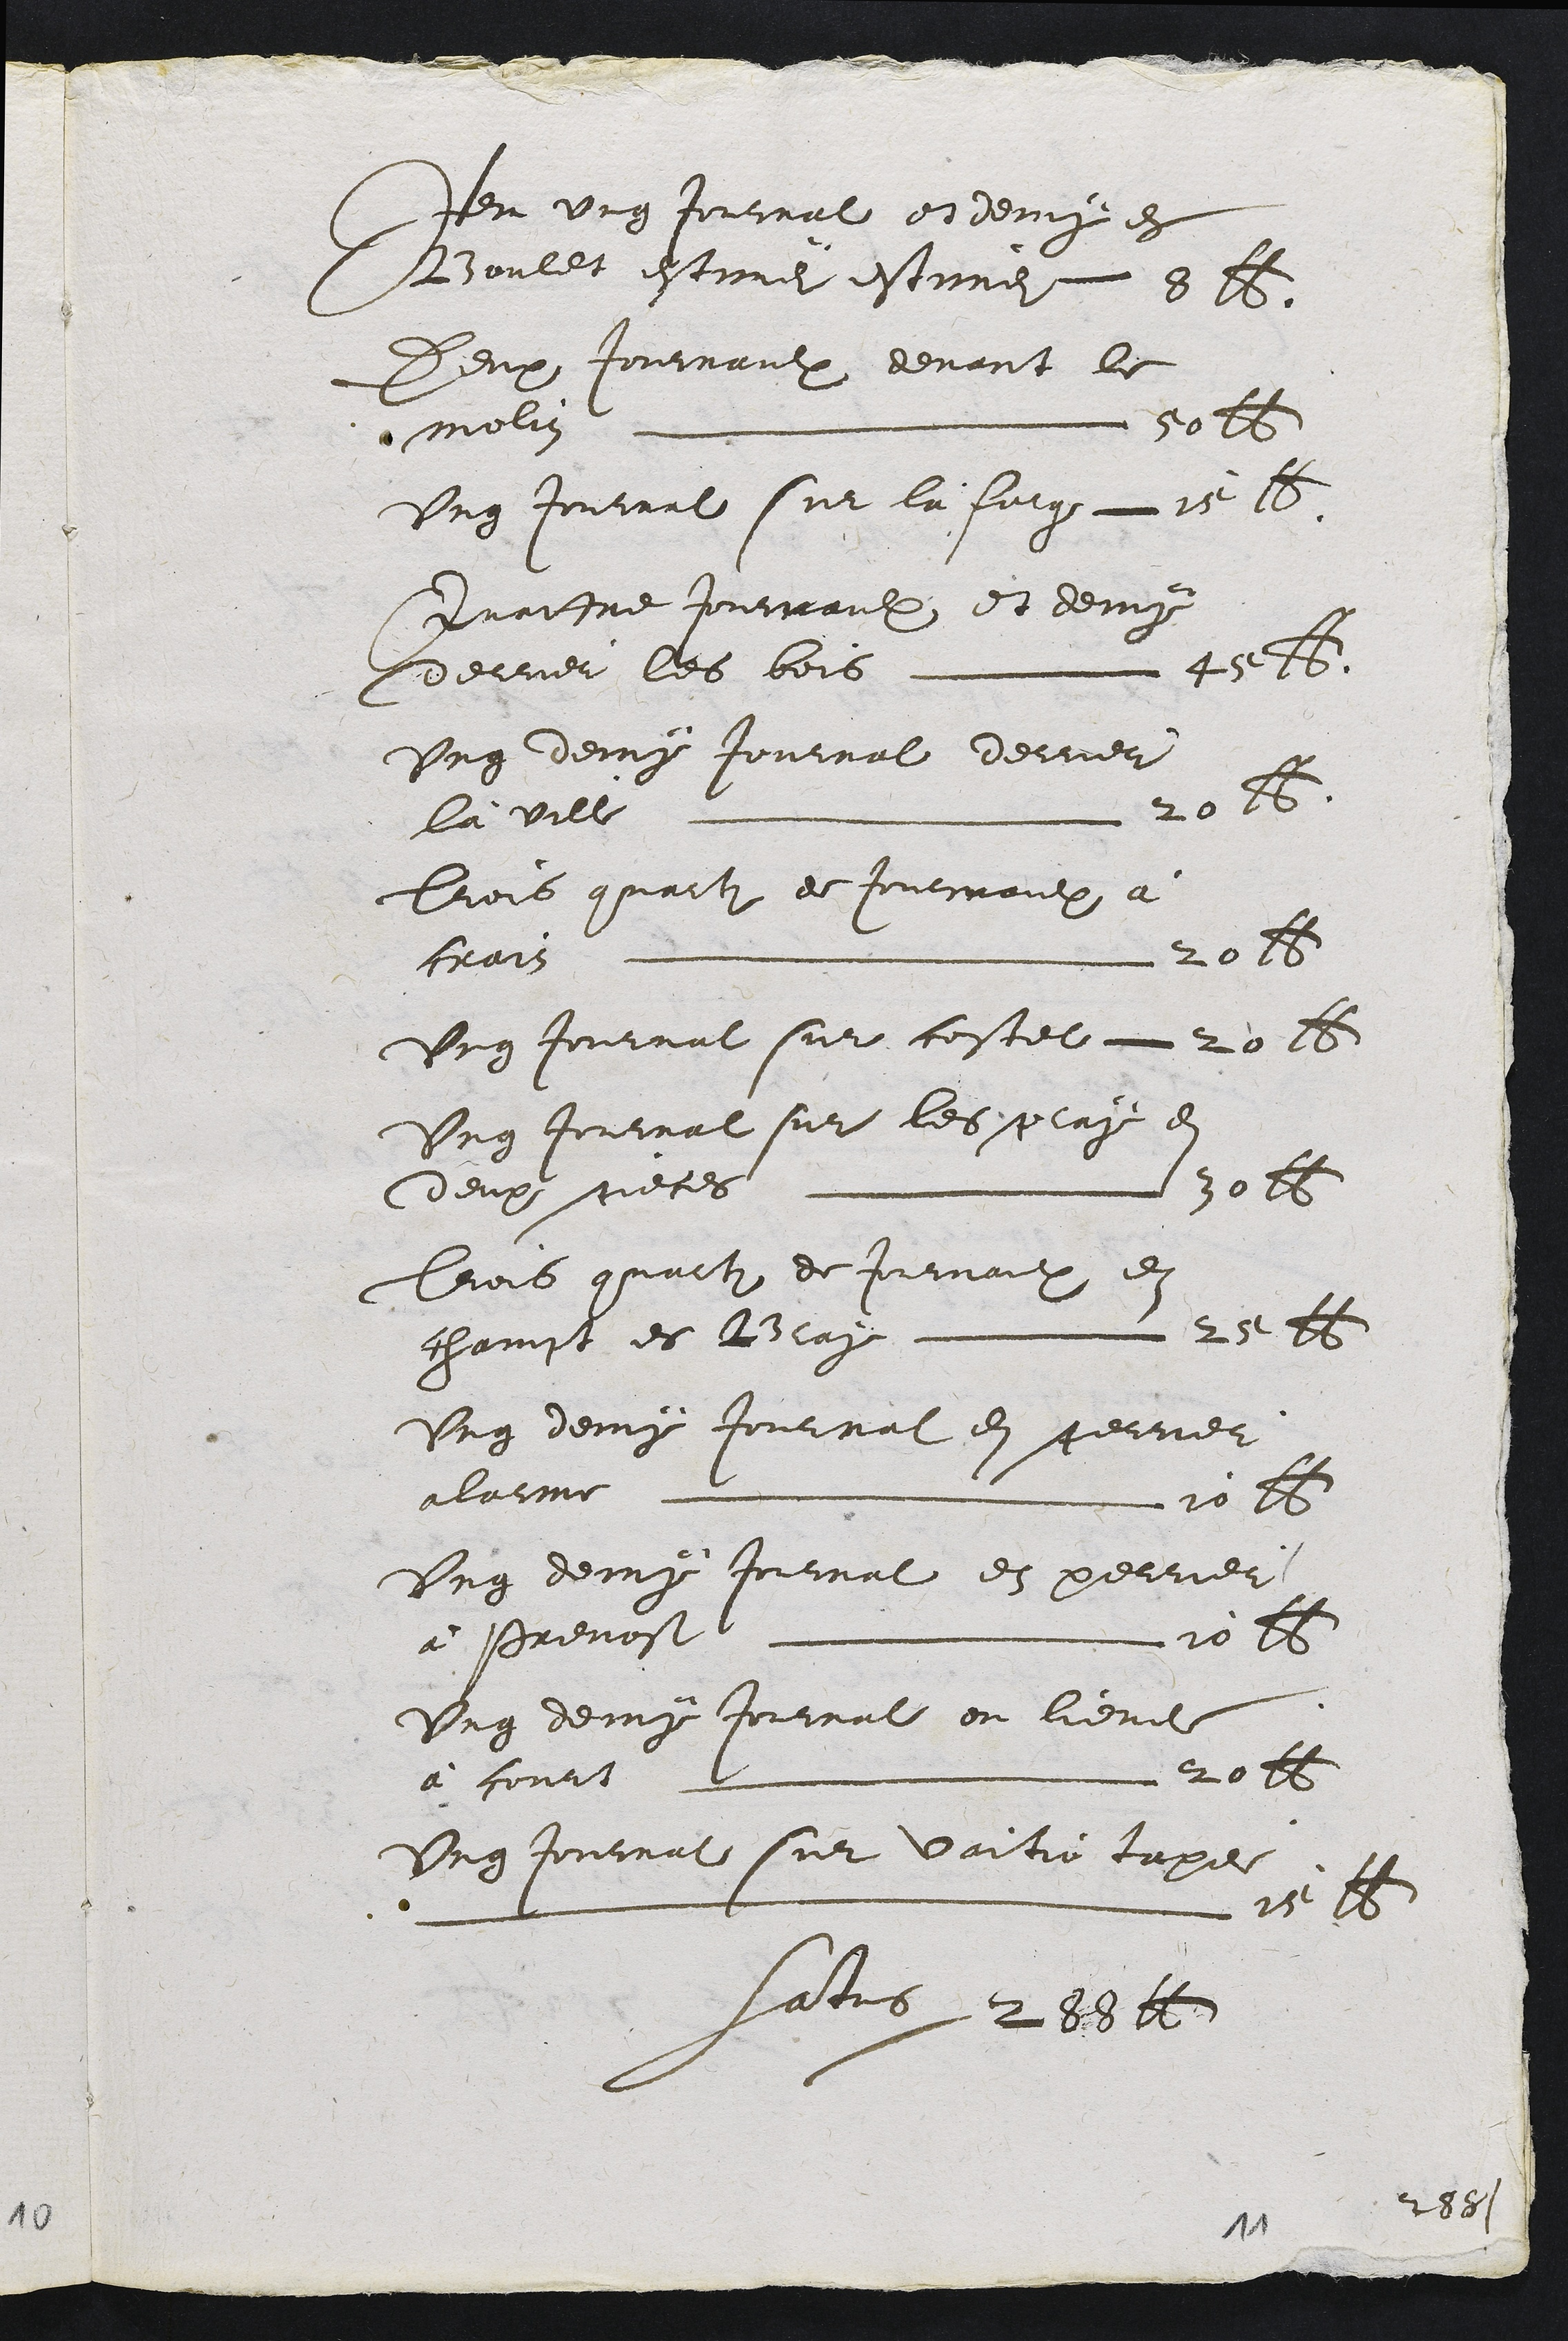
Jer ung Jouirat et demng ex
Boulet estine estinez 8
Deup Jouaulx devant le
Melin nmu do
Ung touvat sur la lung e 6
Surisne joutraul Et demy
Derner les bois. Lge16.
Ung demny tontnal decet
la ville L 20 16
Bois quaili de tontiraulx a
frett uumne  20 v
Ung Jounat sie costel  20 15
Ung honval sur les pluge en
Ceup ueces L 301t
Brois quenli de Prmaulx en
chaivst es blag m ai 2 22
Ung demy Roninat en gerner
alaese m 20 2
Ung deing toutnat et pelner
a Prevost L16
Ung demg joutral ou levit
a corts S  2ot
Ung tontirat sue vaisoie lape
L2 1
Hetra-

260

1